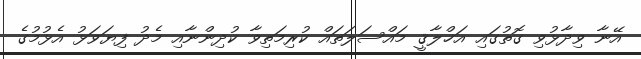
އޭނާ ވިދާޅުވި ގޮތުގައި އަޚްލާޤީ މައްސަލަތައް ކުރިމަތިވާ ކުދިންނާއި މެދު ފިޔަވަޅު އެޅުމުގެ